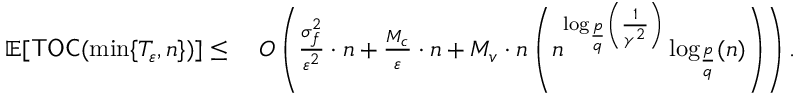
\begin{array} { r l } { \mathbb { E } [ \mathsf { T O C } ( \operatorname* { m i n } \{ T _ { \varepsilon } , n \} ) ] \leq \; } & { { \cal O } \left( \frac { \sigma _ { f } ^ { 2 } } { \varepsilon ^ { 2 } } \cdot n + \frac { M _ { c } } { \varepsilon } \cdot n + M _ { v } \cdot n \left( n ^ { \log _ { \frac { p } { q } } \left( \frac { 1 } { \gamma ^ { 2 } } \right) } \log _ { \frac { p } { q } } ( n ) \right) \right) . } \end{array}